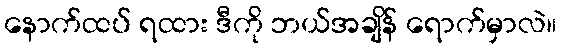
နောက်ထပ် ရထား ဒီကို ဘယ်အချိန် ရောက်မှာလဲ။